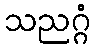
သညဂ္ဂံ